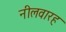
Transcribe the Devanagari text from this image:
नीलवारह